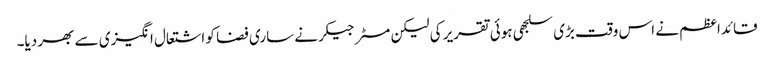
قائداعظم نے اس وقت بڑی سلجھی ہوئی تقریر کی لیکن مسٹر جیکر نے ساری فضا کو اشتعال انگیزی سے بھر دیا۔